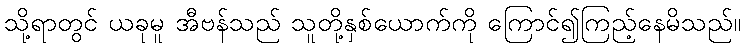
သို့ရာတွင် ယခုမူ အီဗန်သည် သူတို့နှစ်ယောက်ကို ကြောင်၍ကြည့်နေမိသည်။